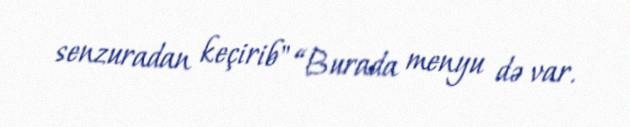
senzuradan keçirib" “Burada menyu də var.